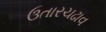
ઉતારચઢાવ